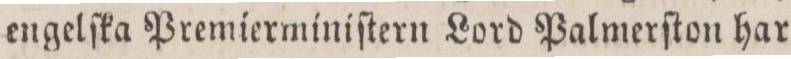
engelſka Premierminiſtern Lord Palmerſton har